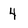
Character: 4